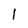
Character: l